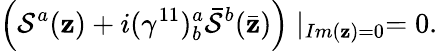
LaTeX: \left(\mathcal{S}^{a}(\mathbf{z})+i(\gamma^{11})_{b}^{a}\bar{{\mathcal{S}}}^{b}(\bar{{\mathbf{z}}})\right)\mid_{Im(\mathbf{z})=0}=0.